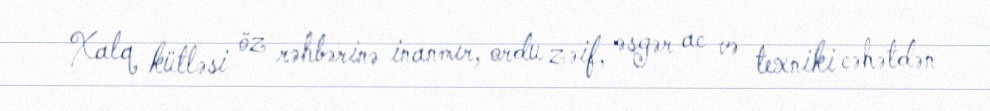
Xalq kütləsi öz rəhbərinə inanmır, ordu zəif, əsgər ac və texniki cəhətdən